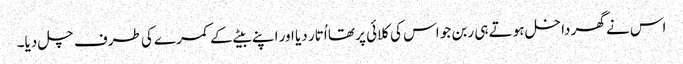
اس نے گھر داخل ہوتے ہی ربن جو اس کی کلائی پر تھا اُتار دیا اور اپنے بیٹے کے کمرے کی طرف چل دیا۔